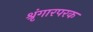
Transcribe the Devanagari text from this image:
श्रृंगारपरक